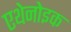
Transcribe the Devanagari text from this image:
एथेनोइक